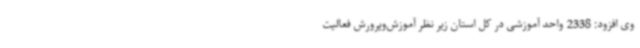
وی افزود: 2338 واحد آموزشی در کل استان زیر نظر آموزش‌وپرورش فعالیت